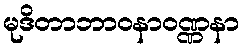
မုဒိတာဘာဝနာဝဏ္ဏနာ